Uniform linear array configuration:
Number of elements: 32
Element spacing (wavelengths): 0.75
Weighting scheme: exponential
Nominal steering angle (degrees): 30
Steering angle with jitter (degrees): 30.83
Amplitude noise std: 0.05
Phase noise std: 0.05

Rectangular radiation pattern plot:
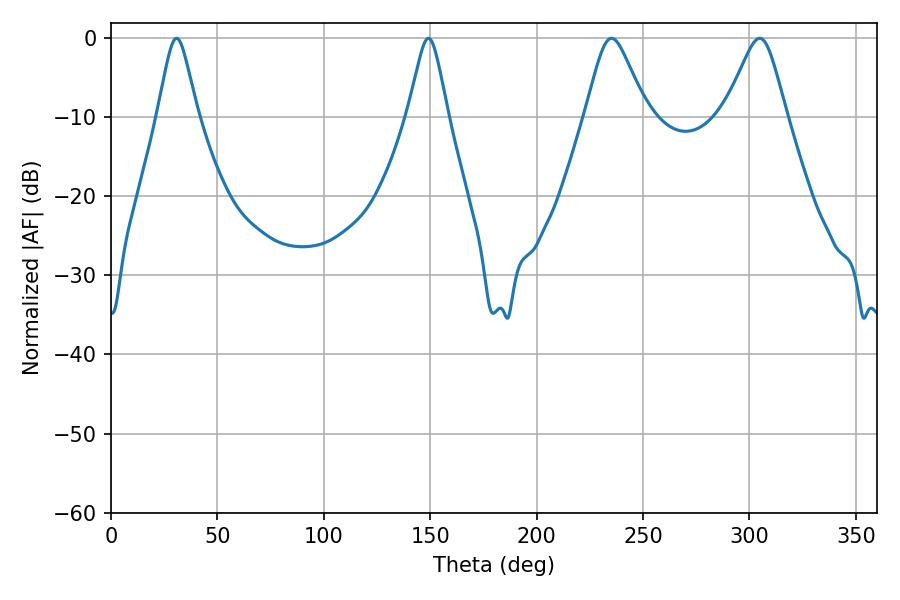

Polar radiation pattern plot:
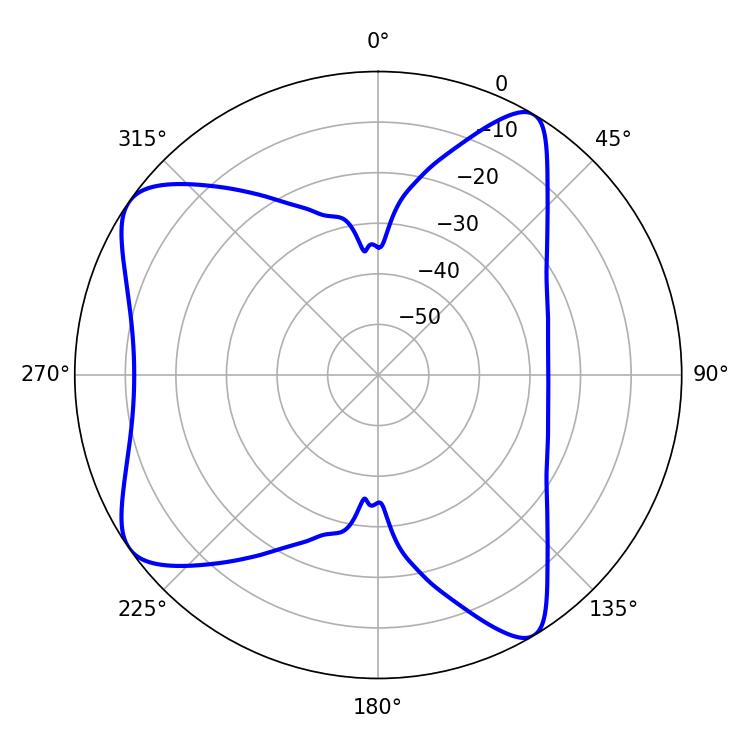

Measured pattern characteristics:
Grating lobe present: TRUE
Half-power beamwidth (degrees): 9
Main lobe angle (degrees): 30.78